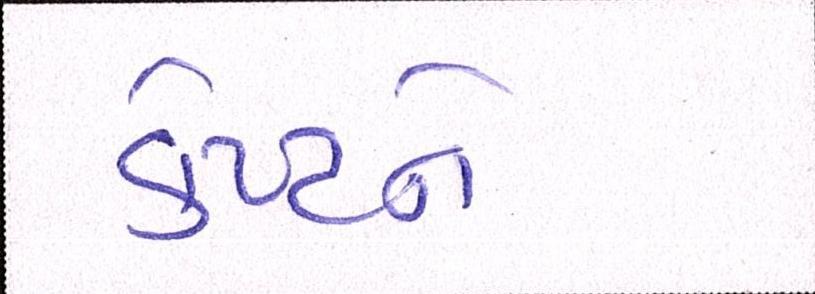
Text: કેપ્ટને